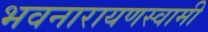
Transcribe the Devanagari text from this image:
भवनारायणस्‍वामी